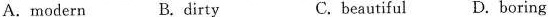
A.modern B.dirty C. beautiful D. boring